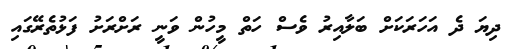
ދިޔަ ދެ އަހަރަކަށް ބަލާއިރު ވެސް ހަތް މީހުން ވަނީ ރަށްރަށު ފަޅުތެރޭގައި